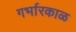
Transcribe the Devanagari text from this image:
गर्भारकाळ